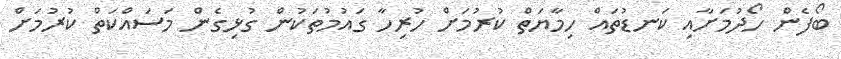
ބޯފެން ހޯދުމަށާއި ކަނޑުތައް ހިމާޔަތް ކުރުމަށް ހުރިހާ ގައުމުތަކުން ގުޅިގެން މަސައްކަތް ކުރުމަށް